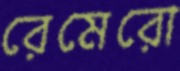
রেমেরো